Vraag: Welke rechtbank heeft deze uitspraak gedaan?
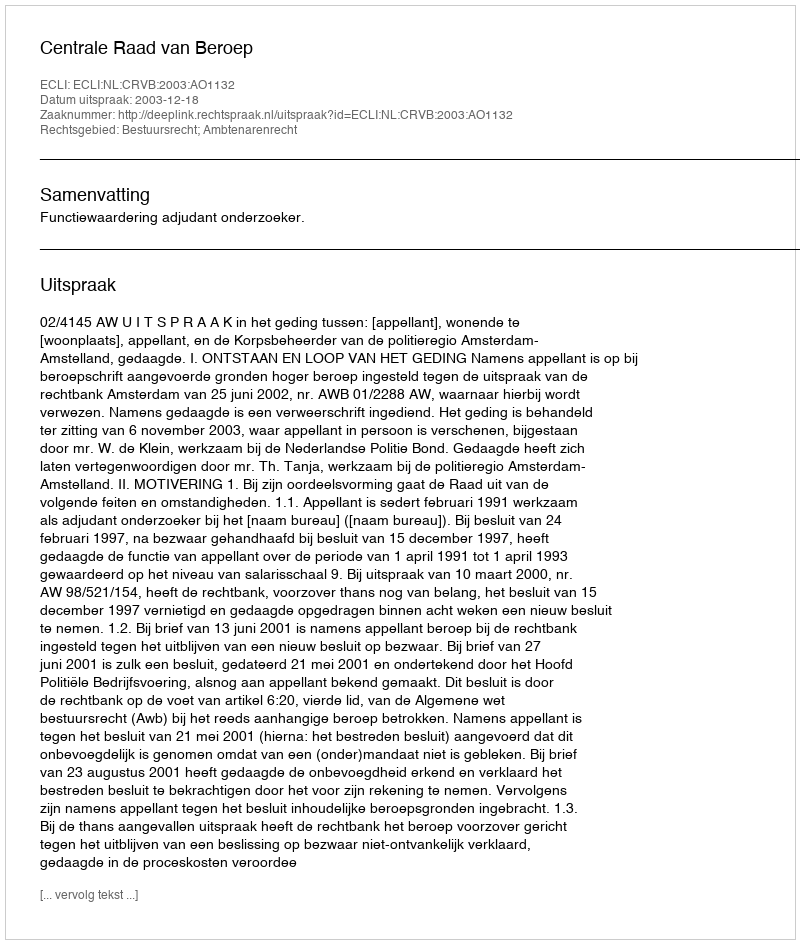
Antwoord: Centrale Raad van Beroep